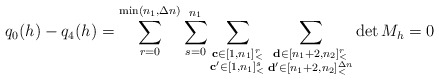
\begin{align*}q_0(h)-q_4(h)=\sum\limits_{r=0}^{\min(n_1,\Delta n)}\sum\limits_{s=0}^{n_1}\sum\limits_{\substack{\mathbf{c}\in [1,n_1]_<^r\\\mathbf{c'}\in [1,n_1]_<^s}}\sum\limits_{\substack{\mathbf{d}\in [n_1+2,n_2]_<^r\\\mathbf{d'}\in [n_1+2,n_2]_<^{\Delta n}}}\det M_h=0\end{align*}